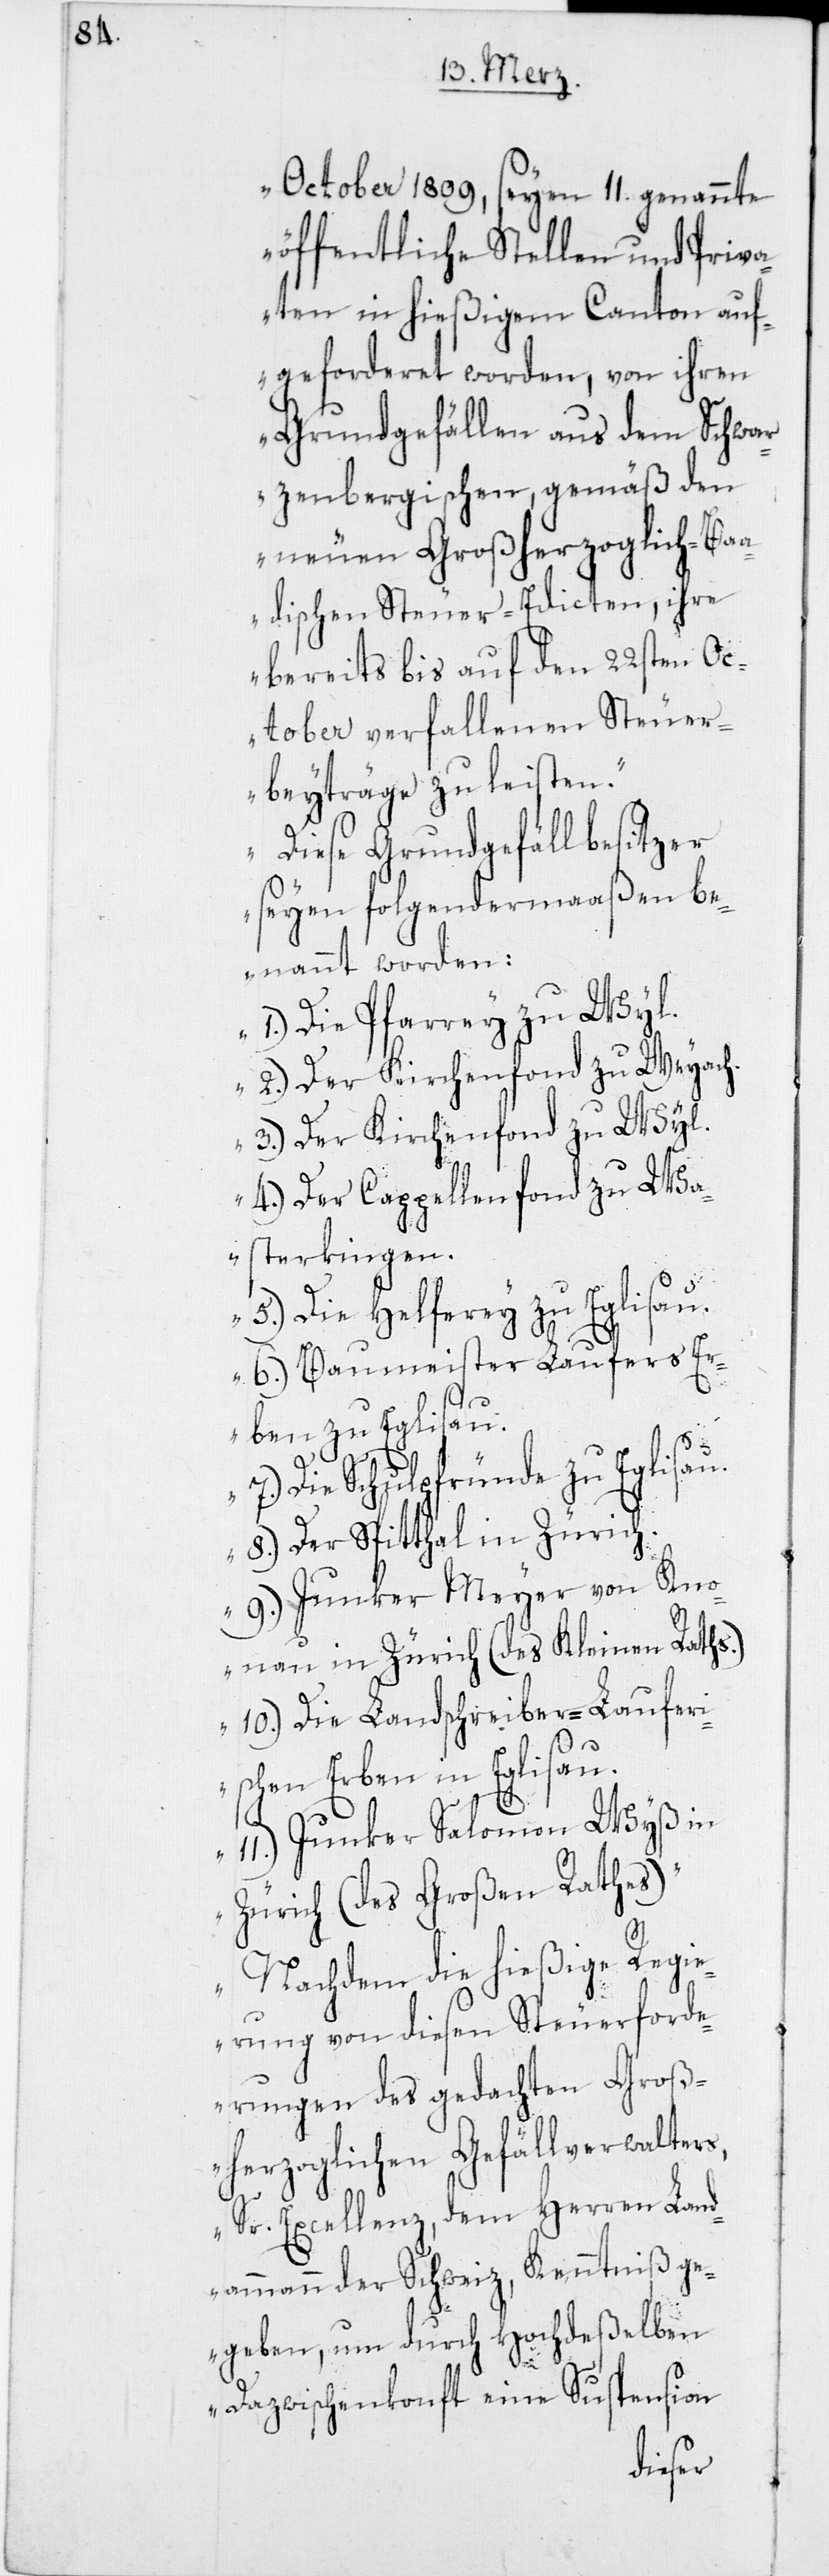
October 1809, seyen 11. genannte
öffentliche Stellen und Priva¬
ten in hießigem Canton auf¬
geforderet worden, von ihren
Grundgefällen aus dem Schwar¬
zenbergischen, gemäß den
neuen Großherzoglich-Baa¬
adischen Steuer-Edicten, ihre
bereits bis auf den 22sten Oc¬
tober verfallenen Steuer¬
beyträge zu leisten.
Diese Grundgefällbesitzer
seyen folgendermaßen be¬
nannt worden:
1.) Die Pfarrey zu Wyl.
2.) Der Kirchenfond zu Weyach.
3.) Der Kirchenfond zu Wyl.
4.) Der Capellenfonds zu Wa¬
sterkingen.
5.) Die Helferey zu Eglisau.
6.) Baumeister Laufers Er¬
ben zu Eglisau.
7.) Die Schulpfründe zu Eglisau.
8.) Der Spitthal in Zürich.
9.) Junker Meyer von Kno¬
nau in Zürich (des Kleinen Raths).
10.) Die Landschreiber-Lauferi¬
schen Erben in Eglisau.
11.) Junker Salomon Wyß in
Zürich (des Großen Rathes).
Nachdem die hießige Regie¬
rung von diesen Steuerforde¬
rungen des gedachten Groß¬
herzoglichen Gefällverwalters,
Sr. Excellenz, dem Herren Land¬
ammann der Schweiz, Kenntniß ge¬
geben, um durch Hochdeßelben
Dazwischenkonft eine Suspension